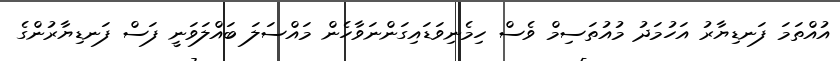
އުއްތަމަ ފަނޑިޔާރު އަހުމަދު މުއުތަސިމް ވެސް ހިމެނިވަޑައިގަންނަވާހެން މައްސަލަ ބައްލަވަނީ ފަސް ފަނޑިޔާރުންގެ